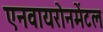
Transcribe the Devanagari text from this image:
एनवायरोनमेंटल